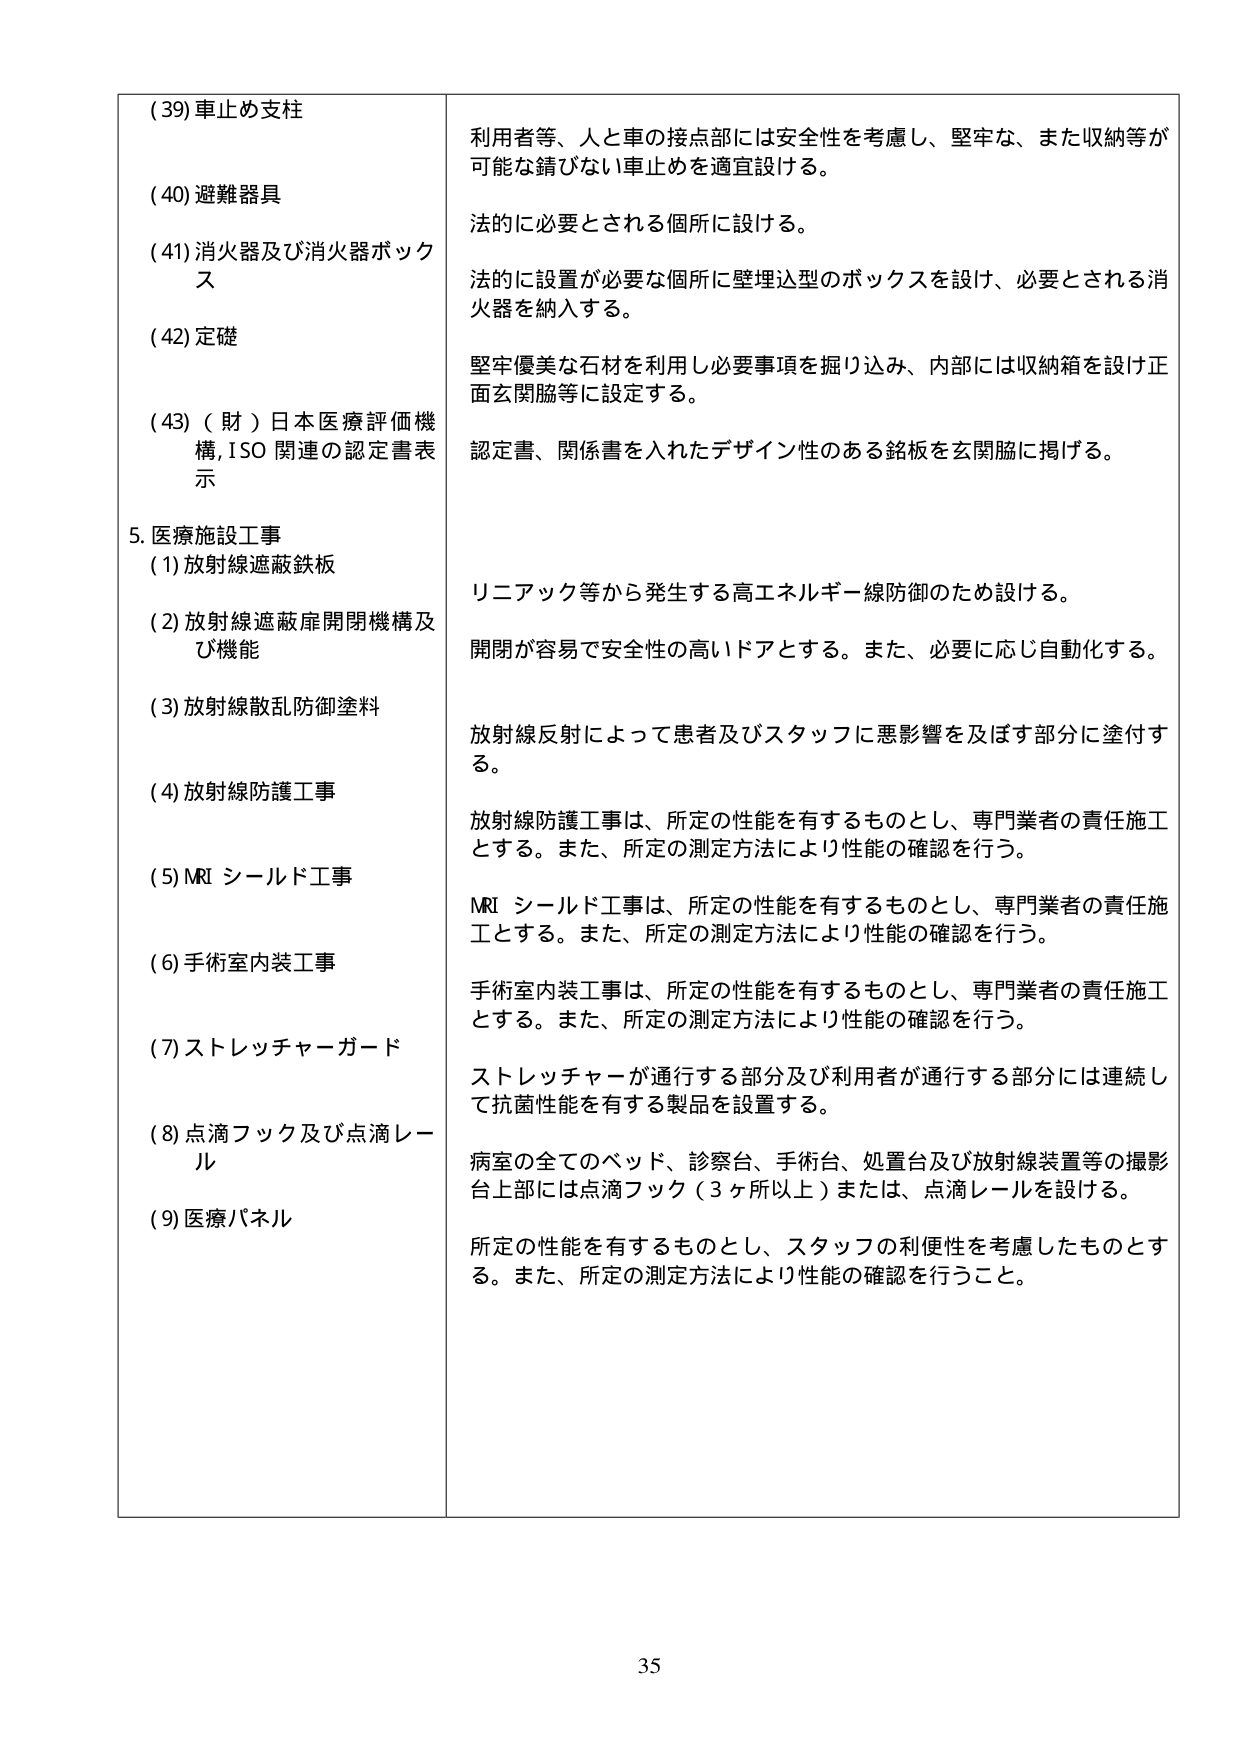
(39) 車止め支柱
(40) 避難器具
(41) 消火器及び消火器ボックス
(42) 定礎
(43) （財）日本医療評価機構, ISO 関連の認定書表示

5. 医療施設工事
(1) 放射線遮蔽鉄板
(2) 放射線遮蔽扉開閉機構及び機能
(3) 放射線散乱防御塗料
(4) 放射線防護工事
(5) MRI シールド工事
(6) 手術室内装工事
(7) ストレッチャーガード
(8) 点滴フック及び点滴レール
(9) 医療パネル

利用者等、人と車の接点部には安全性を考慮し、堅牢な、また収納等が可能な錆びない車止めを適宜設ける。
法的に必要とされる個所に設ける。
法的に設置が必要な個所に壁埋込型のボックスを設け、必要とされる消火器を納入する。
堅牢優美な石材を利用し必要事項を掘り込み、内部には収納箱を設け正面玄関脇等に設定する。
認定書、関係書を入れたデザイン性のある銘板を玄関脇に掲げる。
リニアック等から発生する高エネルギー線防御のため設ける。
開閉が容易で安全性の高いドアとする。また、必要に応じ自動化する。
放射線反射によって患者及びスタッフに悪影響を及ぼす部分に塗付する。
放射線防護工事は、所定の性能を有するものとし、専門業者の責任施工とする。また、所定の測定方法により性能の確認を行う。
MRI シールド工事は、所定の性能を有するものとし、専門業者の責任施工とする。また、所定の測定方法により性能の確認を行う。
手術室内装工事は、所定の性能を有するものとし、専門業者の責任施工とする。また、所定の測定方法により性能の確認を行う。
ストレッチャーが通行する部分及び利用者が通行する部分には連続して抗菌性能を有する製品を設置する。
病室の全てのベッド、診察台、手術台、処置台及び放射線装置等の撮影台上部には点滴フック（3ヶ所以上）または、点滴レールを設ける。
所定の性能を有するものとし、スタッフの利便性を考慮したものとする。また、所定の測定方法により性能の確認を行うこと。

35